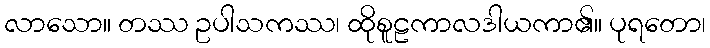
လာသော။ တဿ ဥပါသကဿ၊ ထိုစူဠကာလဒါယကာ၏။ ပုရတော၊